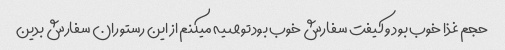
حجم غذا خوب بود و کیفت سفارش خوب بود توصیه میکنم از این رستوران سفارش بدین